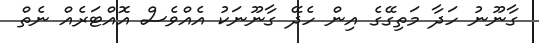
ގާނޫނު ހަދާ މަތިގޭގެ އިން ހެދޭ ގާނޫނަކު އެއްވެސް އޮއްޓަރެއް ނެތް